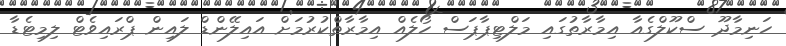
ހަނިމާދޫ ސްކޫލްގެއާ އިމާރާތުގައި މަލްޓިޕާޕަސް ހޯލެއް އިމާރާތްކުރުމަށް އައިލޭންޑް ލައިން ޕްރައިވެޓް ލިމިޓެޑާ